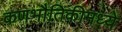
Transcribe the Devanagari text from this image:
कणभौतिकीमध्ये